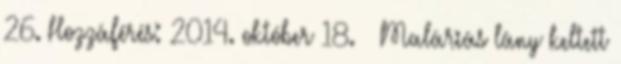
26. Hozzáférés: 2014. október 18. ↑ Maláriás lány keltett